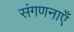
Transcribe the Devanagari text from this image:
संगणनाएँ